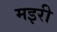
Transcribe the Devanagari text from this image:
मइरी